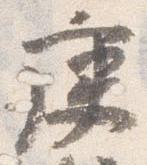
庚